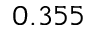
0 . 3 5 5